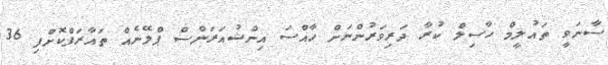
ސާނަވީ ތައުލީމް ހާސިލް ކުރާ ދަރިވަރުންނަށް ހާއްސަ އިންޝުއަރަންސް ޕްލޭނެއް ތައާރަފްކޮށްފި 36